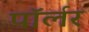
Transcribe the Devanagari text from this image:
पॉर्लर